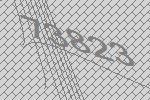
73823